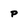
Character: p